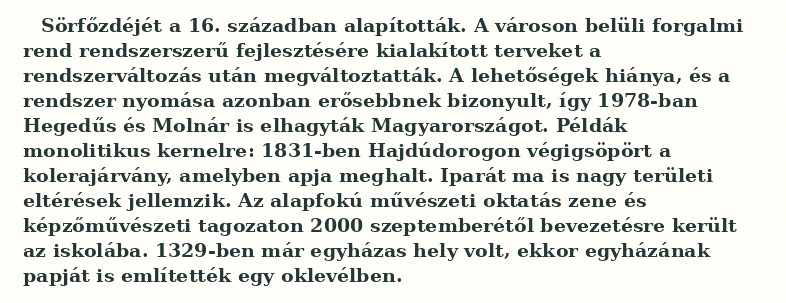
Sörfőzdéjét a 16. században alapították. A városon belüli forgalmi rend rendszerszerű fejlesztésére kialakított terveket a rendszerváltozás után megváltoztatták. A lehetőségek hiánya, és a rendszer nyomása azonban erősebbnek bizonyult, így 1978-ban Hegedűs és Molnár is elhagyták Magyarországot. Példák monolitikus kernelre: 1831-ben Hajdúdorogon végigsöpört a kolerajárvány, amelyben apja meghalt. Iparát ma is nagy területi eltérések jellemzik. Az alapfokú művészeti oktatás zene és képzőművészeti tagozaton 2000 szeptemberétől bevezetésre került az iskolába. 1329-ben már egyházas hely volt, ekkor egyházának papját is említették egy oklevélben.